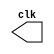
//`include "clock.v"

module clock ( clk );
 output clk;
 reg    clk;

 initial
  begin
   clk = 1'b0;
  end

 always
  begin
   #6 clk = ~clk;
  end
endmodule //endClock

module pulse ( signal, clock );
 input  clock;
 output signal;
 reg    signal;

 always @ ( posedge clock )
  begin
      signal = 1'b0;
  #2  signal = 1'b1;
  #2  signal = 1'b0;
  #2  signal = 1'b1;
    end
endmodule //endPulse

module Exercicio05;

 wire  clock;
 clock clk ( clock );

 reg   p;

 wire  r;

 pulse   pulse1   ( r, clock );
 
 initial begin
   p = 1'b0;
 end

 initial begin
  $dumpfile ( "Exercicio05.vcd" );
  $dumpvars ( 1, clock, r);

  #040 p = 1'b1;
  #080 p = 1'b0;
  #120 p = 1'b1;
  #160 p = 1'b0;
  #200 p = 1'b1;
  #240 p = 1'b0;
  #280 $finish;
 end

endmodule //Exercicio05